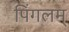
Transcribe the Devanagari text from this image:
पिंगलम्